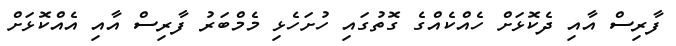
ފާރިސް އާއި ދެކޮޅަށް ހެއްކެއްގެ ގޮތުގައި ހުށަހެޅި މެމްބަރު ފާރިސް އާއި އެއްކޮޅަށް